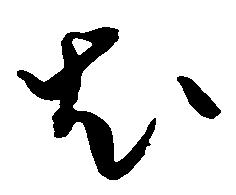
尤